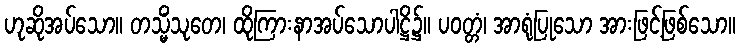
ဟုဆိုအပ်သော။ တသ္မိံသုတေ၊ ထိုကြားနာအပ်သောပါဋ္ဌိ၌။ ပဝတ္တံ၊ အာရုံပြုသော အားဖြင့်ဖြစ်သော။